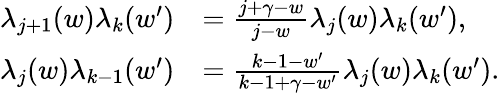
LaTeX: \begin{array}{rl}{\lambda_{j+1}(w)\lambda_{k}(w^{\prime})}&{=\frac{j+\gamma-w}{j-w}\lambda_{j}(w)\lambda_{k}(w^{\prime}),}\\ {\lambda_{j}(w)\lambda_{k-1}(w^{\prime})}&{=\frac{k-1-w^{\prime}}{k-1+\gamma-w^{\prime}}\lambda_{j}(w)\lambda_{k}(w^{\prime}).}\end{array}